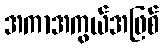
အကာအကွယ်အဖြစ်